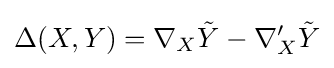
\Delta (X,Y)=\nabla _{X}{\tilde {Y}}-\nabla '_{X}{\tilde {Y}}